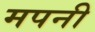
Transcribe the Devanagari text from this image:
मपनी